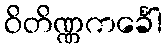
ဝိတိဏ္ဏကင်္ခေါ